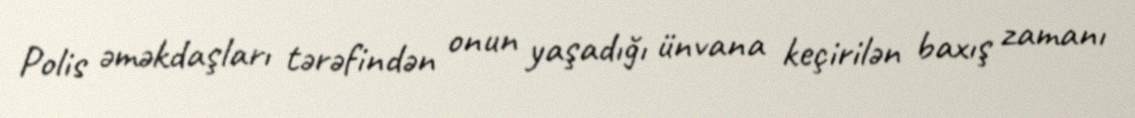
Polis əməkdaşları tərəfindən onun yaşadığı ünvana keçirilən baxış zamanı